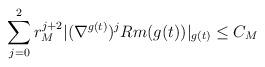
LaTeX: \begin{align*} \sum_{j=0}^{2} r_M^{j+2}|(\nabla^{g(t)})^j Rm(g(t))|_{g(t)}\leq C_M\end{align*}